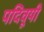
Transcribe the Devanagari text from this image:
पदिवूयी